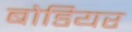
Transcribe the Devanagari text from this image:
बोडियर